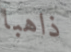
ذاهبا